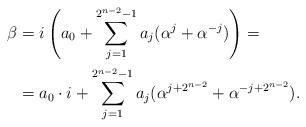
LaTeX: \begin{align*}\beta&=i\left(a_0+\sum_{j=1}^{2^{n-2}-1}a_j(\alpha^j+\alpha^{-j})\right)=\\&=a_0\cdot i+\sum_{j=1}^{2^{n-2}-1}a_j(\alpha^{j+2^{n-2}}+\alpha^{-j+2^{n-2}}).\end{align*}